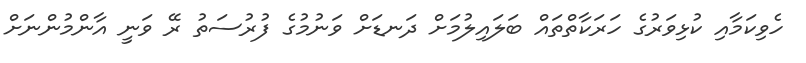
ހެވިކަމާއި ކުޅިވަރުގެ ހަރަކާތްތައް ބަލައިލުމަށް ދަނޑަށް ވަނުމުގެ ފުރުސަތު ރޭ ވަނީ އާންމުންނަށް